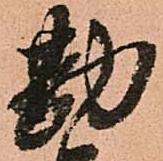
勘